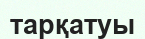
тарқатуы